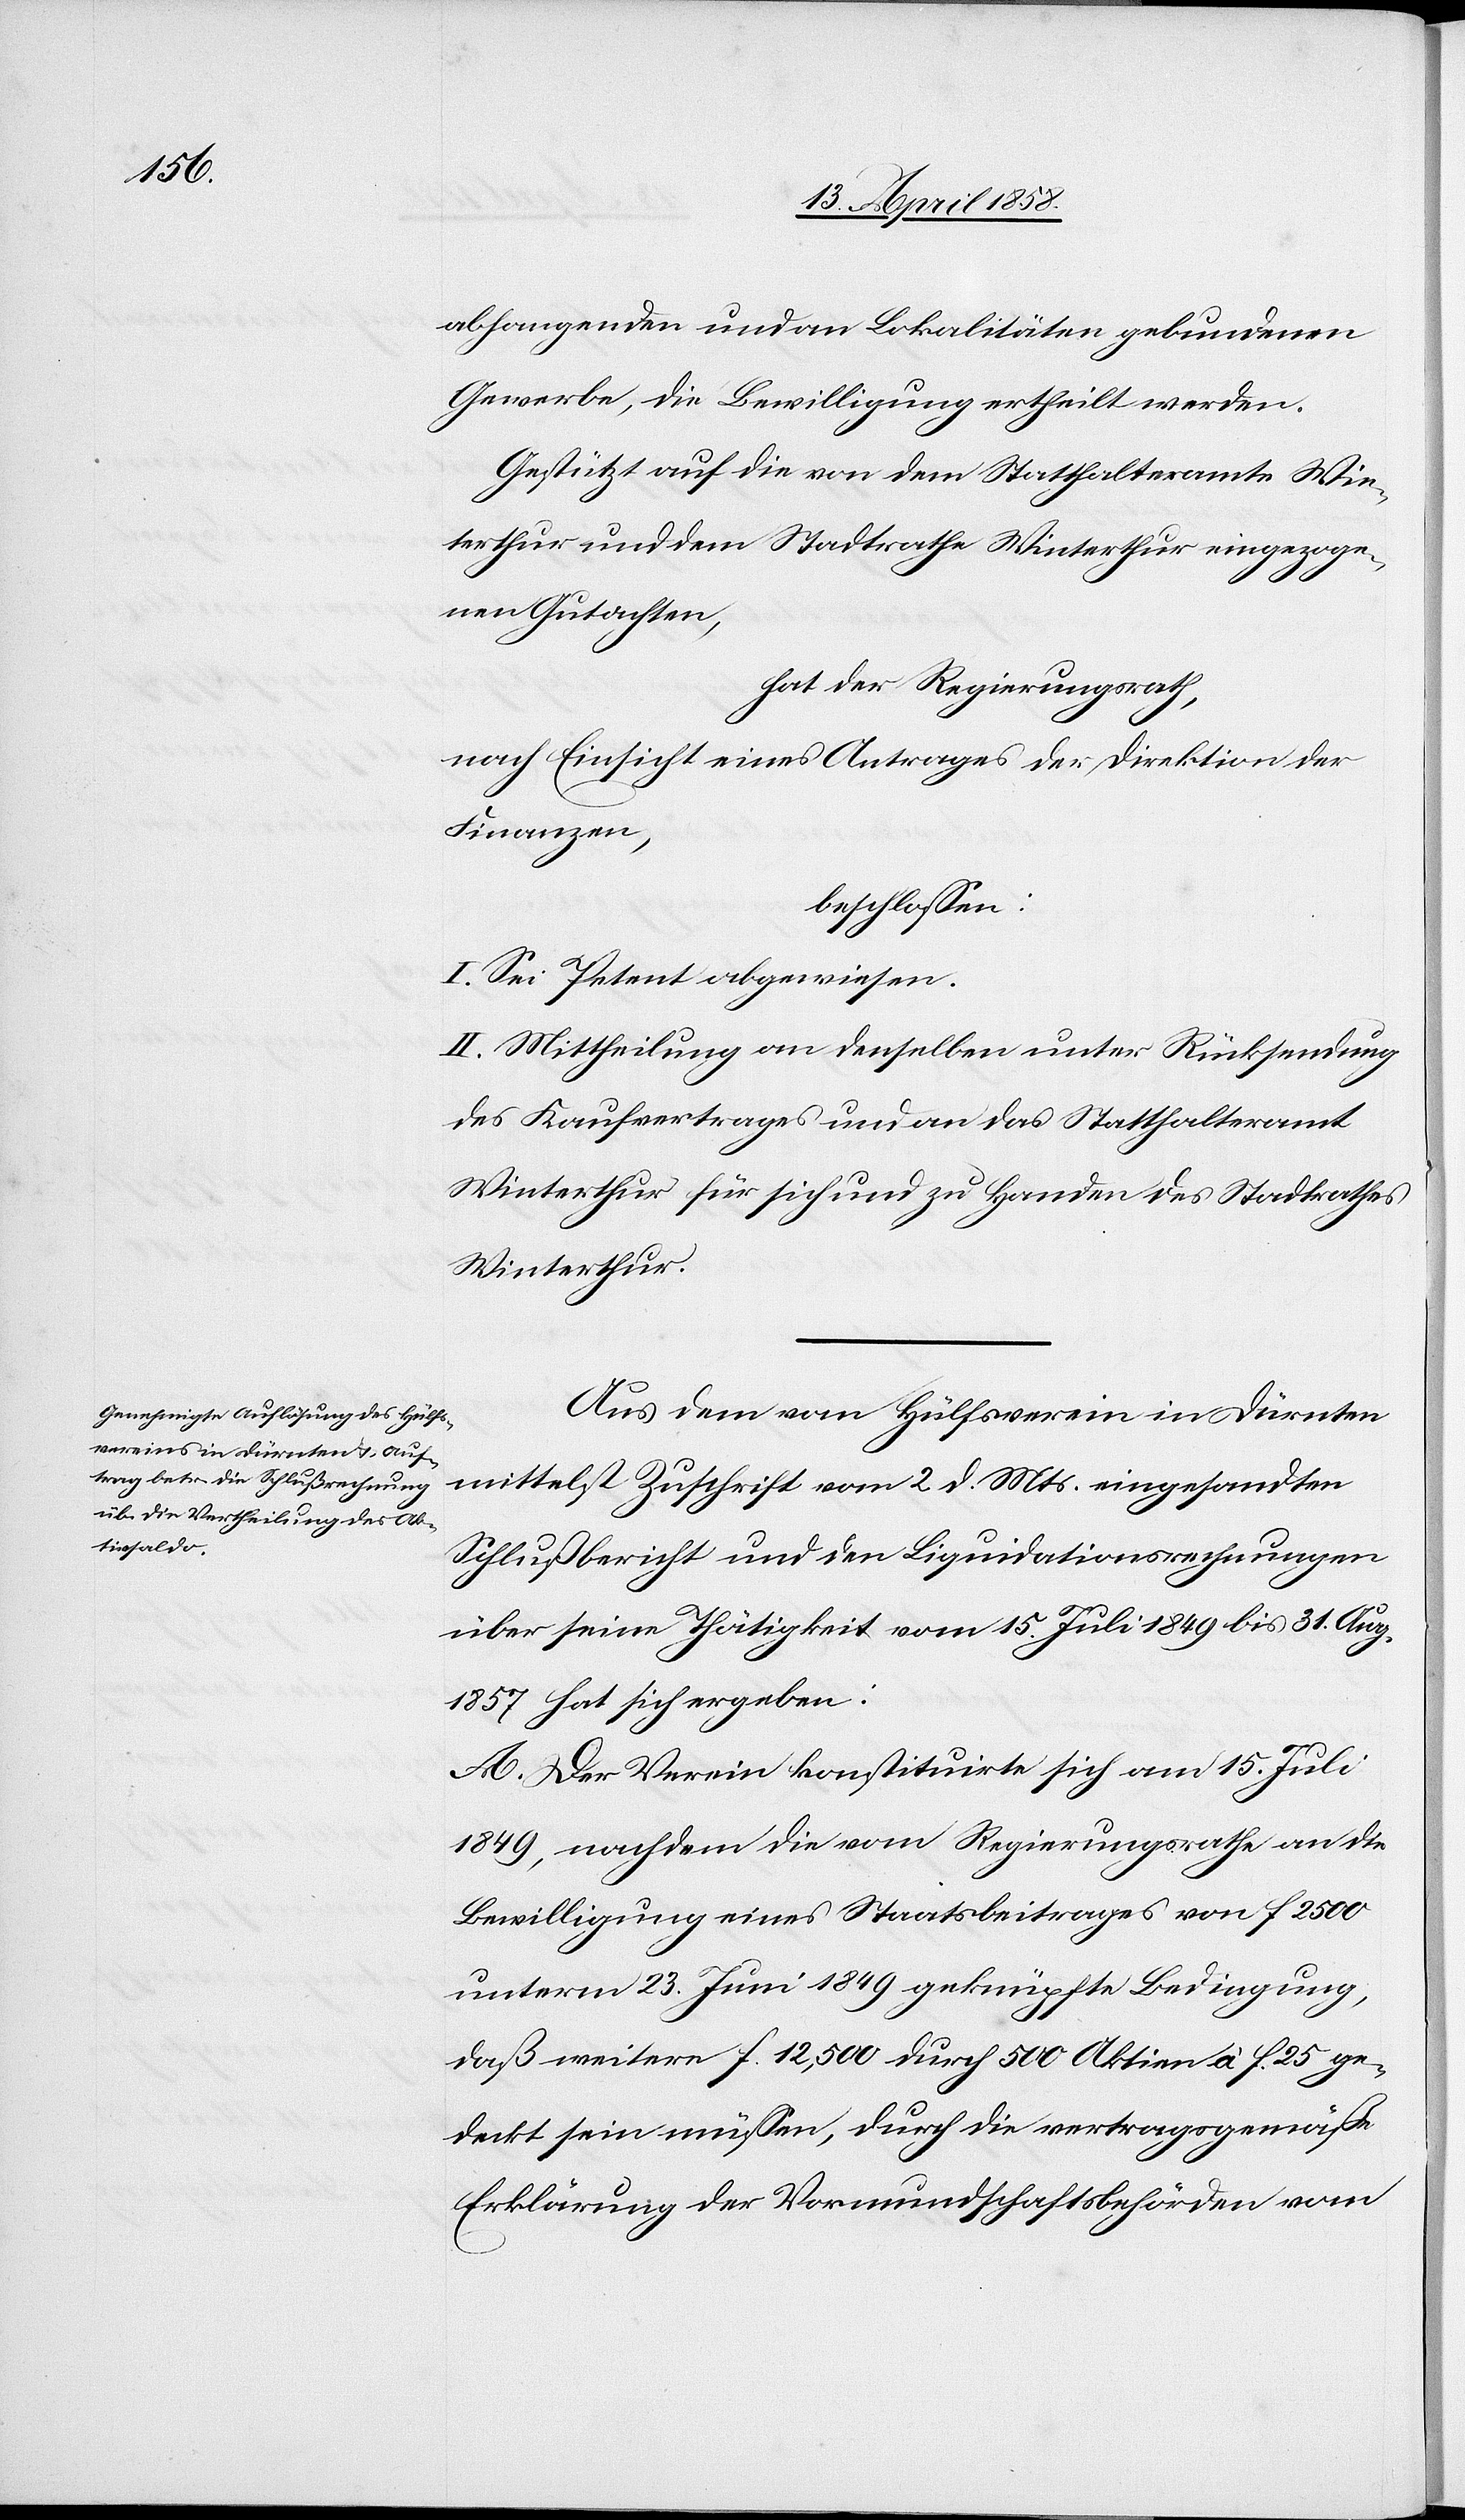
abhangenden und an Lokalitäten gebundenen
Gewerbe, die Bewilligung ertheilt werden.
Gestützt auf die von dem Statthalteramte Win¬
terthur und dem Stadtrathe Winterthur eingezoge¬
nen Gutachten,
hat der Regierungsrath,
nach Einsicht eines Antrages der Direktion der
Finanzen,
beschlossen:
I. Sei Petent abgewiesen.
II. Mittheilung an denselben unter Rücksendung
des Kaufvertrages und an das Statthalteramt
Winterthur für sich und zu Handen des Stadtrathes
Winterthur.
Aus dem vom Hülfsverein in Dürnten
mittelst Zuschrift vom 2. ds. Mts. eingesandten
Schlußbericht und den Liquidationsrechnungen
über seine Thätigkeit vom 15. Juli 1849 bis 31. Aug.
1857 hat sich ergeben:
A. Der Verein konstituirte sich am 15. Juli
1849, nachdem die vom Regierungsrathe an die
Bewilligung eines Staatsbeitrages von f. 2500
unterm 23. Juni 1849 geknüpfte Bedingung,
daß weitere f. 12,500 durch 500 Aktiven à f. 25 ge¬
deckt sein müssen, durch die vertragsgemäße
Erklärung der Vormundschaftsbehörden vom